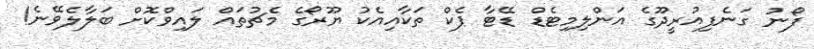
ފޯނު ގަނެފިއުރީދޫގެ އަންލިމިޓެޑް ޑޭޓާ ޕެކް ތަކާއިއެކު ޔޫރޯގެ މެޗުތައް ލައިވްކޮށް ބަލާލެވޭނެ!